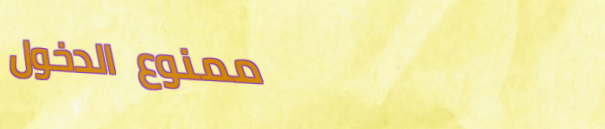
ممنوع الدخول